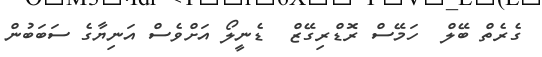
ގެރެތް ބޭލް  ހަމޭސް ރޮޑްރިގޭޒް  ޑެނީލޯ އަށްވެސް އަނިޔާގެ ސަބަބުން